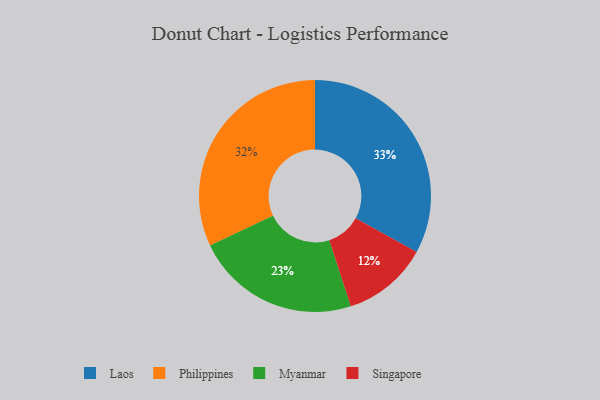
{"axis": {"x": "Category", "y": "Percentage"}, "legend": ["Laos", "Myanmar", "Philippines", "Singapore"], "data": [{"x": "Singapore", "y": 12, "type": "Singapore"}, {"x": "Myanmar", "y": 23, "type": "Myanmar"}, {"x": "Philippines", "y": 32, "type": "Philippines"}, {"x": "Laos", "y": 33, "type": "Laos"}]}